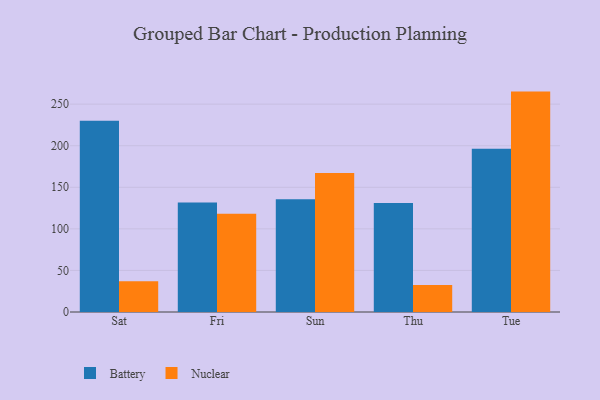
{"axis": {"x": "Day", "y": "Gross Profit (USD K)"}, "legend": ["Battery", "Nuclear"], "data": [{"x": "Sat", "y": 230.0, "type": "Battery"}, {"x": "Sat", "y": 36.9, "type": "Nuclear"}, {"x": "Fri", "y": 131.6, "type": "Battery"}, {"x": "Fri", "y": 118.1, "type": "Nuclear"}, {"x": "Sun", "y": 135.5, "type": "Battery"}, {"x": "Sun", "y": 167.3, "type": "Nuclear"}, {"x": "Thu", "y": 131.2, "type": "Battery"}, {"x": "Thu", "y": 32.4, "type": "Nuclear"}, {"x": "Tue", "y": 196.3, "type": "Battery"}, {"x": "Tue", "y": 265.1, "type": "Nuclear"}]}